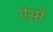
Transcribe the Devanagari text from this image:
ऐसौ